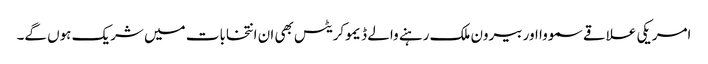
امریکی علاقے سمووا اور بیرون ملک رہنے والے ڈیموکریٹس بھی ان انتخابات میں شریک ہوں گے۔